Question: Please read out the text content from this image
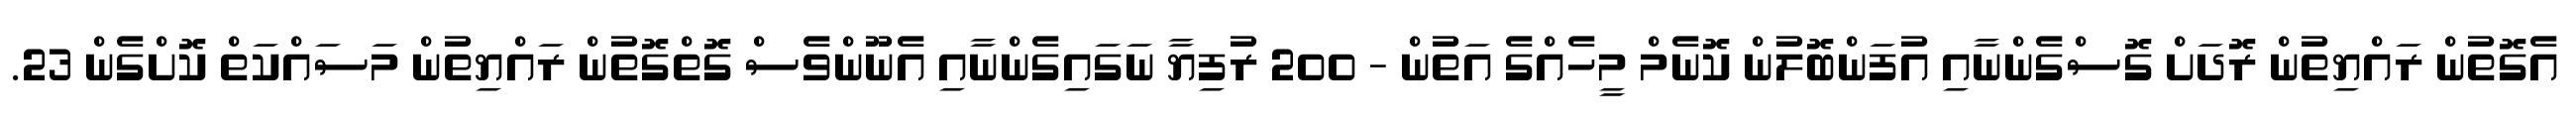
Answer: އެގޮތުން ރައްޔިތުން ރޮދަށް ގޮސްގެންނާއި އުފަންބޮލުން ކޮނެމް މީހެއްގެ އަތުން - 200 ރުފިޔާ ނަގައިގެންނާއި އެނޫންވެސް ގޮތްގޮތުން ރައްޔިތުން މަސައްކަތް ކޮށްގެން 23.